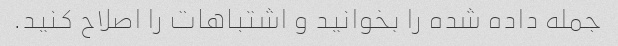
جمله داده شده را بخوانید و اشتباهات را اصلاح کنید.